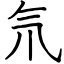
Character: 氘